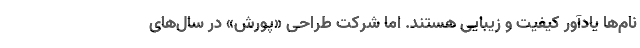
نام‌ها یادآور کیفیت و زیبایی هستند. اما شرکت طراحی «پورش» در سال‌های